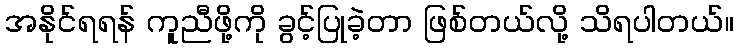
အနိုင်ရရန် ကူညီဖို့ကို ခွင့်ပြုခဲ့တာ ဖြစ်တယ်လို့ သိရပါတယ်။